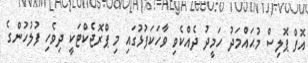
އޮފް ޕޮލިސް މުޙައްމަދު ހަމީދު ދެއްކެވި ވާހަކަފުޅުގައި މި ޕްރޮޖެކްޓަކީ ދިވެހި ފުލުހުންގެ